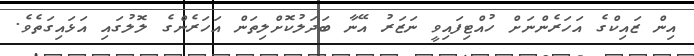
އިން ޒައިކްގެ އަހަރެންނަށް ހުއްޓިފައިވީ ނަޒަރު އޭނާ ބަދަލުކޮށްލިތަން އަހަރެންގެ ލޮލުގައި އަޅައިގަތެވެ.